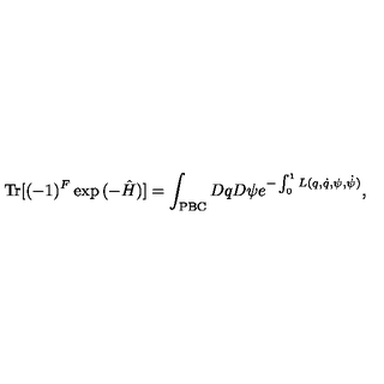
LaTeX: \mathrm { T r } [ ( - 1 ) ^ { F } \exp { ( - \hat { H } ) } ] = \int _ { \mathrm { \tiny { P B C } } } D q D \psi e ^ { - \int _ { 0 } ^ { 1 } L ( q , \dot { q } , \psi , \dot { \psi } ) } ,